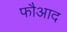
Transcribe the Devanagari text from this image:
फौआद